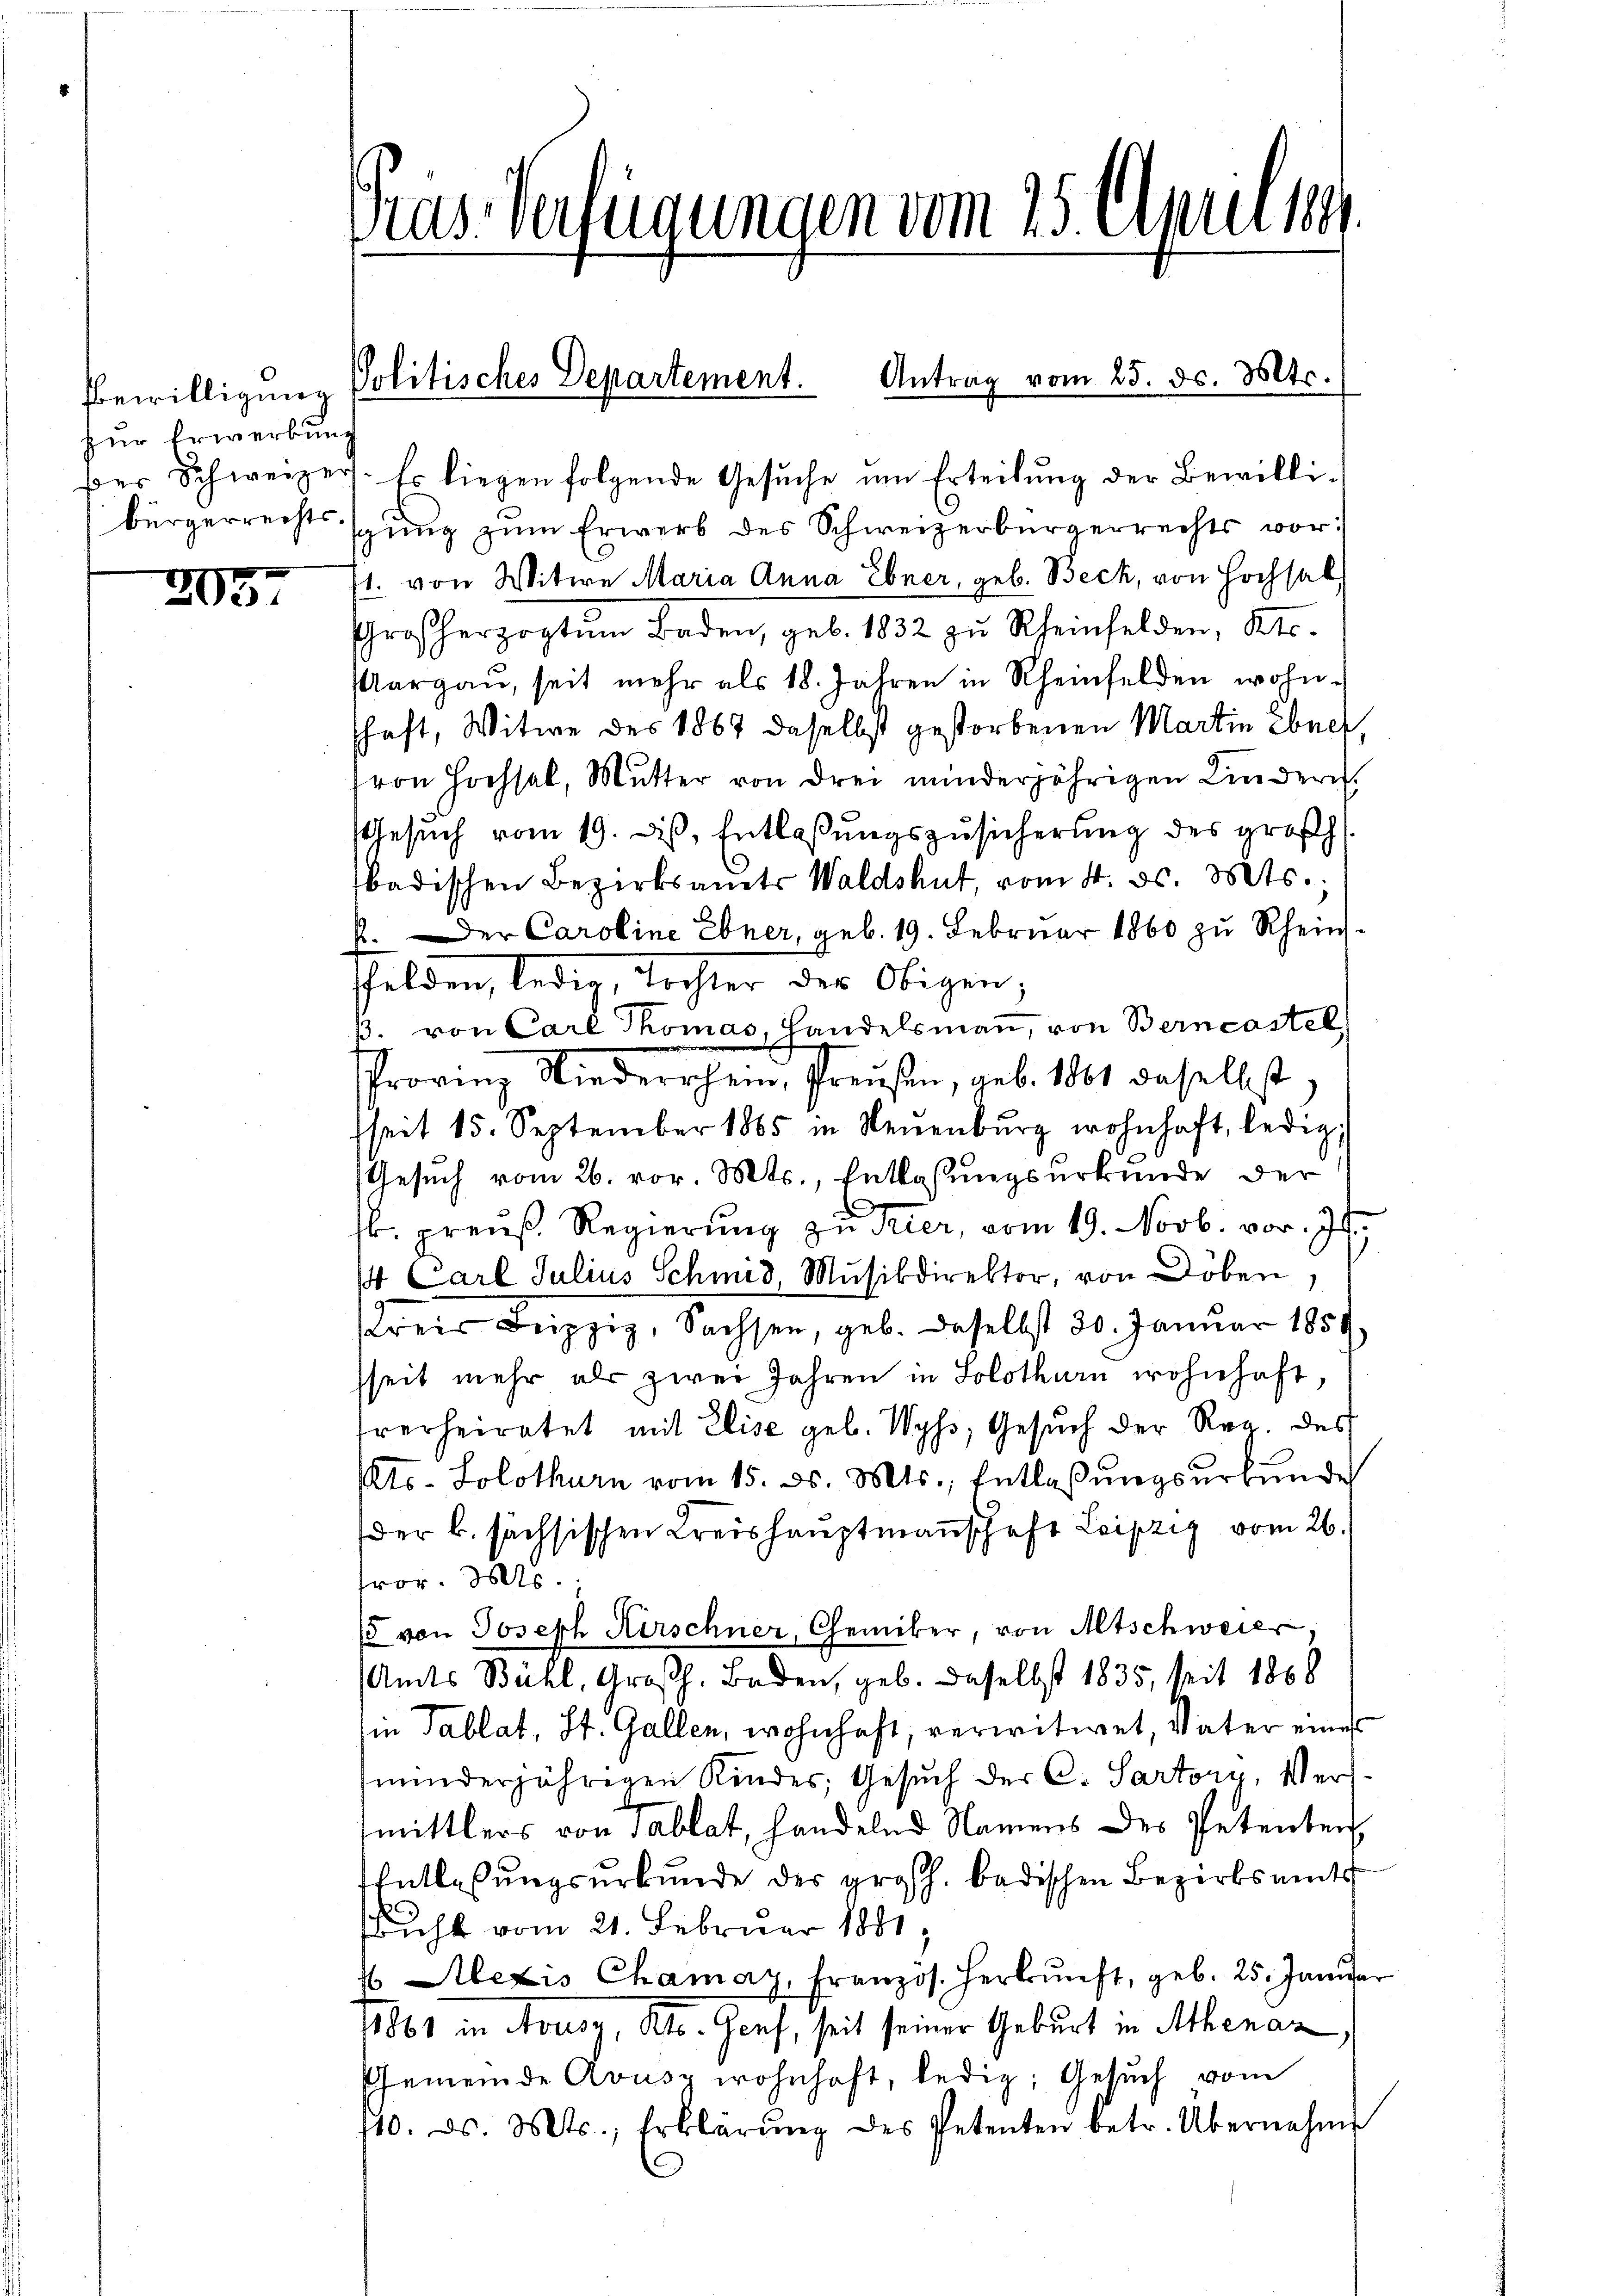
Bewilligung
zur Erwerbung

205.

Gras Verfügungen vom 25. einer 1891.

ßer Schweizer. Er liegen folgende Gesŭche um Erteilung der Bewillibürgerrechtsspung zum Erwerb des Schweizerbürgerrechts vorst. von Witwe Maria Anna Ebner, geb. Beck, von Hochsel
Großherzogtum Baden, geb. 1832 zŭ Rheinfelden, Kts.
Aargaŭ, seit mehr als 18. Jahren in Rheinfelden wohn-
schaft, Witwe des 1867 daselbst gestorbenen Martin Ebner,
ron Hochsel, Mutter von drei minderjährigen Kindern.
Gesuch vom 19. dieß, Entlaßungszusicherung des großh.
badischen Bezirksamts Waldshut, vom 4. d. Mts.
k. Der Caroline Ebner, geb. 19. Februar 1860 zu Rheinssfelden, ledig, Tochter des Obigen,
β. von Carl Thomas, Handelsman, von Berncastel
Provinz Niederschein, Preußen, geb. 1801 daselbst
fseit 15. September 1865 in Neŭenbŭrg wohnhaft, ledig,
Gesuch vom 26. vor. Mts., Entlassungsurkunde der
sl. preuß. Regierung zu Trier, vom 19. Novb. vor. Js.
 Carl Julius Schmid, Musikdirektor, von Döben
rei Leipzig Sachsen, geb. daselbst 30. Januar 1859
seit mehr als zwei Jahren in Solothurn wohnhaft,
rerheiratet mit Elise geb. Wyss, Gesuch der Reg. des
Kts. Solothurn vom 15. d. Mts., Entlaßungsurkundes
(der B. sächsischen Kreishauptmannschaft Leipzig vom 26.
fror. Mts.
/5 von Joseph Kirschner, Chemiker, von Altschweil
Amts Bühl, Großh. Baden, geb. Dasselbst 1835, seit 1868
ie Tablat, St. Gallen, wohnhaft, verwitwet, Vater eines
minderjährigen Kindes; Gesuch der C. Sartory, Versmittlers von Tablat, handelnd Namens des Petenten
Entlassungsurkunde des großh. badischen Bezirksamts
Richt vom 21. Februar 1881,
 Alexis Chamay, Franzos. Herbŭnft, geb. 25. Janŭar
11861 in Nousg, Kts. Genf, seit seiner Geburt in Athenaz,
Gemeinde Avusz wohnhaft, ledig: Gesŭch vom
110. ds. Mts., Erklärŭng des Petenten betr. Übernahme

Politisches Departement. Antrag vom 25. ds. Mts.